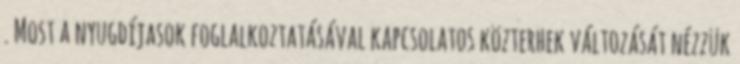
. Most a nyugdíjasok foglalkoztatásával kapcsolatos közterhek változását nézzük